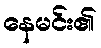
နေမင်း၏